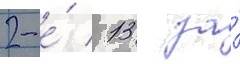
2-е́ / 13 за́